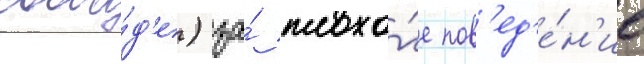
свобо́д'е) за́ плохо́е пов'ед'е́н'ие